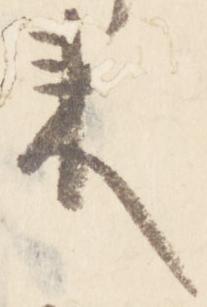
来